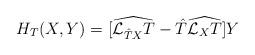
LaTeX: \begin{align*}H_T(X, Y) = [\widehat{{\cal L}_{{\hat T}X}T} - {\hat T}\widehat{{\cal L}_XT}]Y\end{align*}